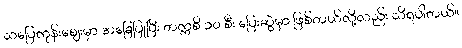
သပြေကုန်းဈေးမှာ အခြေပြုပြီး တက္ကစီ ၁၀ စီး ပြေးဆွဲမှာ ဖြစ်တယ်လို့လည်း သိရပါတယ်။